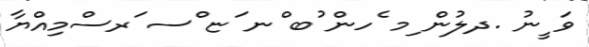
ވަ ީނު .ދލުން ިމ ެހން ުބ ްނ ަޏ ްސ ަރސްމިއްޔާ